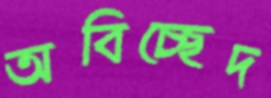
অবিচ্ছেদ